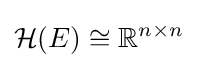
{\mathcal {H}}(E)\cong \mathbb {R} ^{n\times n}